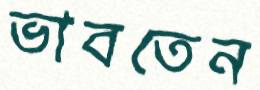
ভাবতেন